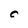
Character: C